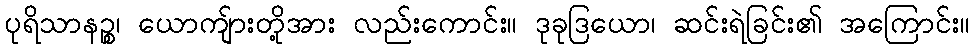
ပုရိသာနဉ္စ၊ ယောကျ်ားတို့အား လည်းကောင်း။ ဒုခုဒြယော၊ ဆင်းရဲခြင်း၏ အကြောင်း။